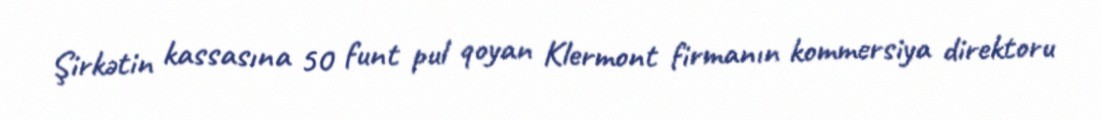
Şirkətin kassasına 50 funt pul qoyan Klermont firmanın kommersiya direktoru